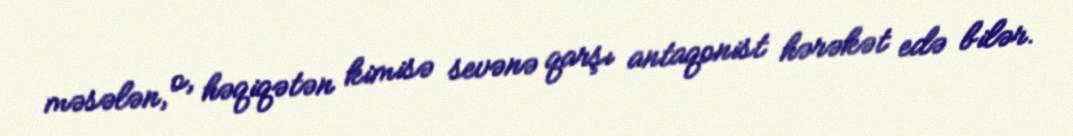
məsələn, o, həqiqətən kimisə sevənə qarşı antaqonist hərəkət edə bilər.